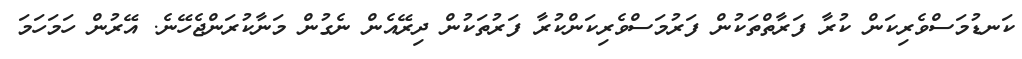
ކަނޑުމަސްވެރިކަން ކުރާ ފަރާތްތަކުން ފަރުމަސްވެރިކަންކުރާ ފަރުތަކުން ދިރޭއެން ނެގުން މަނާކުރަންޖެހޭނެ. އޭރުން ހަމަހަމަ